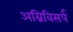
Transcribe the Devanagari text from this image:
अग्निविसर्प